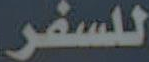
للسفر